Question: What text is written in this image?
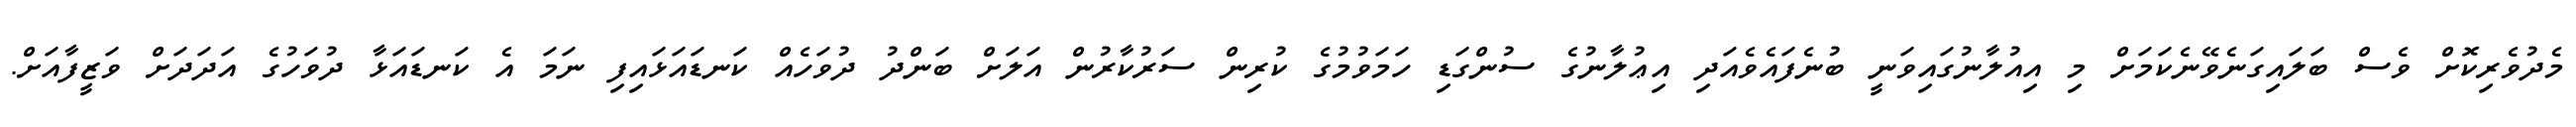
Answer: މެދުވެރިކޮށް ވެސް ބަލައިގަނެވޭނެކަމަށް މި އިއުލާނުގައިވަނީ ބުނެފައެވެއަދި އިޢުލާނުގެ ސުންގަޑި ހަމަވުމުގެ ކުރިން ސަރުކާރުން އަލަށް ބަންދު ދުވަހެއް ކަނޑައަޅައިފި ނަމަ އެ ކަނޑައަޅާ ދުވަހުގެ އަދަދަށް ވަޒީފާއަށް.